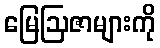
မြေဩဇာများကို